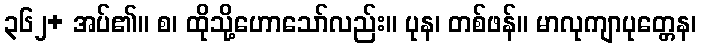
၃၆၂+ အပ်၏။ စ၊ ထိုသို့ဟောသော်လည်း။ ပုန၊ တစ်ဖန်။ မာလုကျာပုတ္တေန၊